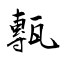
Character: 甎